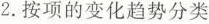
2.按项的变化趋势分类